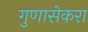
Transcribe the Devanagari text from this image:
गुणासेकरा